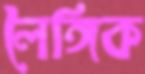
লৈঙ্গিক